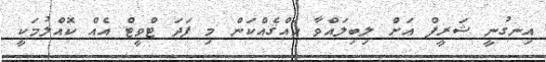
އިނގުނީ ޝަރީފް އަށް ލިބިލައްވާ ހައްޤެއްކަން މި ފަދަ ޓްވީޓް އެއް ކޮއްލުމަކީ